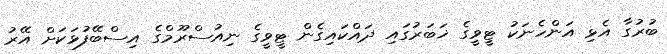
ބުރުގާ އެޅި އަންހެނަކު ޓީވީގެ ޚަބަރުގައި ދައްކައިގެން ޓީވީގެ ނިއުސްރޫމްގެ އިސްބޭފުޅަކަށް އޭރު